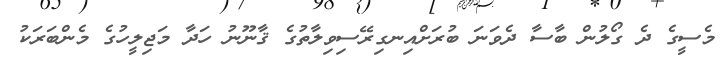
މެސީގެ ދެ ގޯލުން ބާސާ ދެވަނަ ބުރަށްއިނގިރޭސިވިލާތުގެ ޤާނޫނު ހަދާ މަޖިލީހުގެ މެންބަރަކު